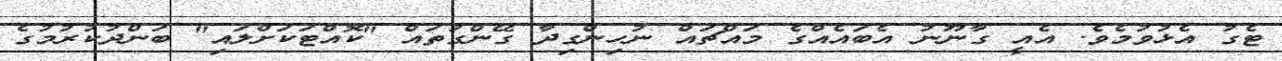
ޓެގު އެޅުވުމެވެ. އެއީ ގާނޫނު އެބައެއްގެ މައްޗައް ނުހިންގިދާ ގޭންގުތައް "ކޮއްޓަކަށްލައި" ބަންދުކުރުމުގެ